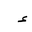
Letter: _hamza